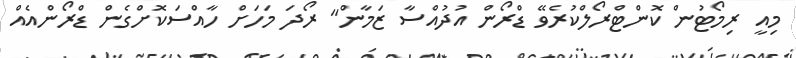
މިއީ ރިމޯޓުން ކޮންޓްރޯލްކުރެވޭ ޑްރޯން އުދުއްސާ ޒަމާން" ރޯދަ މަހަށް ހާއްސަކޮށްގެން ޑްރޯންއެއް